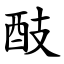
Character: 䣫